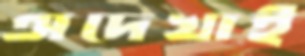
অদেখাই